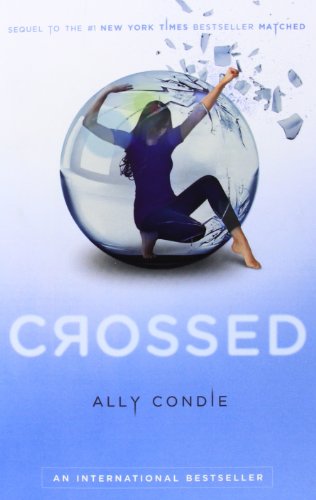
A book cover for Crossed (Matched); Ally Condie; Teen & Young Adult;